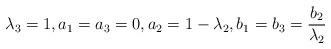
LaTeX: \begin{align*} \lambda_3=1, a_1=a_3=0, a_2=1-\lambda_2, b_1=b_3=\frac{b_2}{\lambda_2}\end{align*}